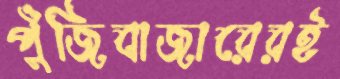
পুঁজিবাজারেরই